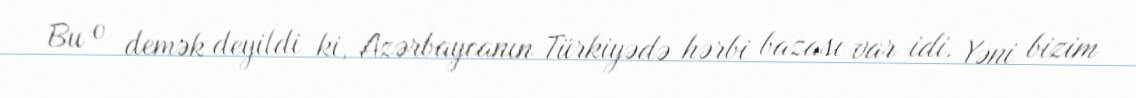
Bu o demək deyildi ki, Azərbaycanın Türkiyədə hərbi bazası var idi. Yəni bizim